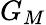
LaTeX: G_{M}